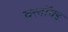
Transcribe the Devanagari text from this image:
क्लॉक्ड